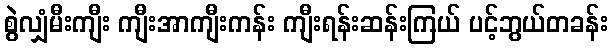
စွဲလျှံမီးကျီး ကျီးအာကျီးကန်း ကျီးရန်းဆန်းကြယ် ပင့်ဘွယ်တခန်း